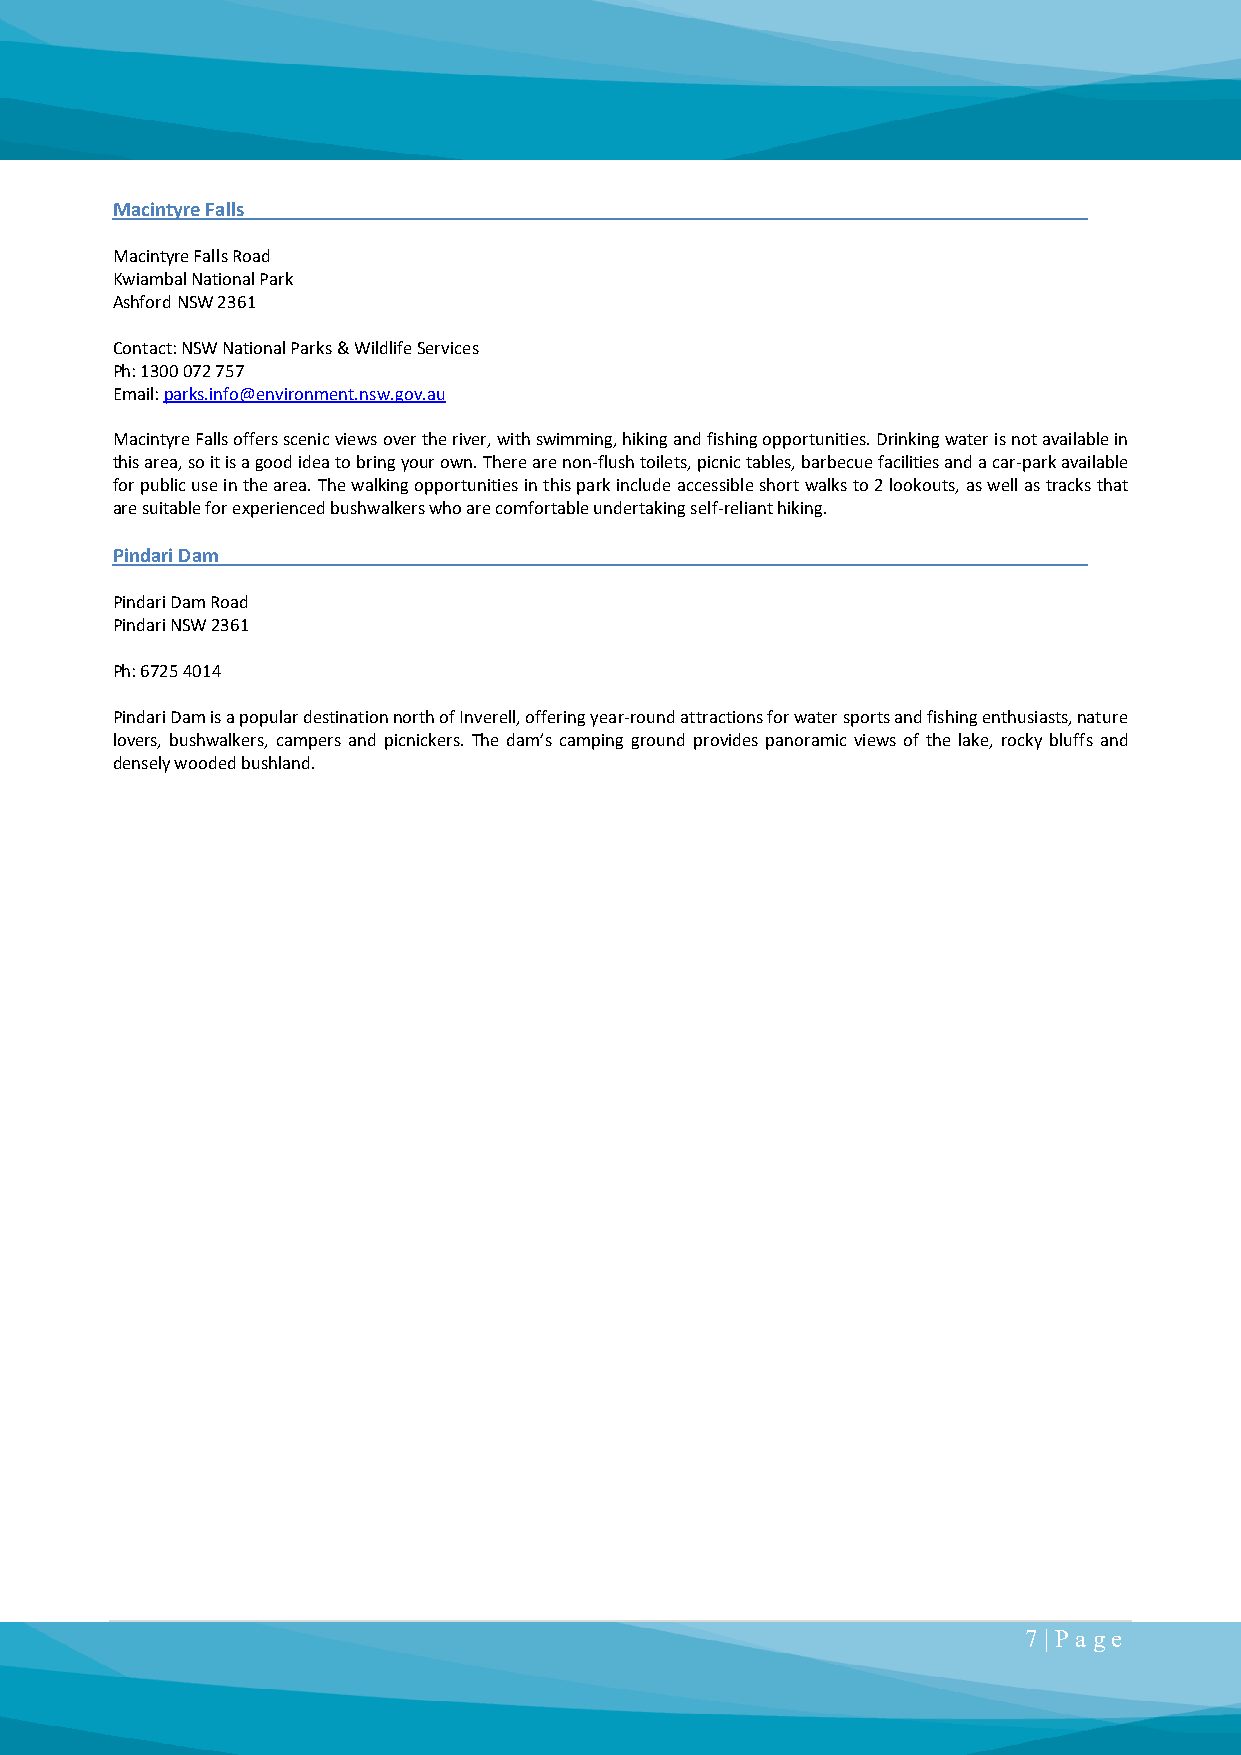
Macintyre Falls
 Macintyre Falls Road
 Kwiambal National Park
 Ashford NSW 2361
 Contact: NSW National Parks & Wildlife Services
 Ph: 1300 072 757
 Email: parks.info@environment.nsw.gov.au
 Macintyre Falls offers scenic views over the river, with swimming, hiking and fishing opportunities. Drinking water is not available in
 this area, so it is a good idea to bring your own. There are non-flush toilets, picnic tables, barbecue facilities and a car-park available
 for public use in the area. The walking opportunities in this park include accessible short walks to 2 lookouts, as well as tracks that
 are suitable for experienced bushwalkers who are comfortable undertaking self-reliant hiking.
 Pindari Dam
 Pindari Dam Road
 Pindari NSW 2361
 Ph: 6725 4014
 Pindari Dam is a popular destination north of Inverell, offering year-round attractions for water sports and fishing enthusiasts, nature
 lovers, bushwalkers, campers and picnickers. The dam’s camping ground provides panoramic views of the lake, rocky bluffs and
 densely wooded bushland.
 7 | P a ge